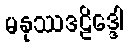
မနုဿဒဠိဒ္ဒေါ